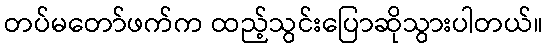
တပ်မတော်ဖက်က ထည့်သွင်းပြောဆိုသွားပါတယ်။